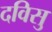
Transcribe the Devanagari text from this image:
दविसु